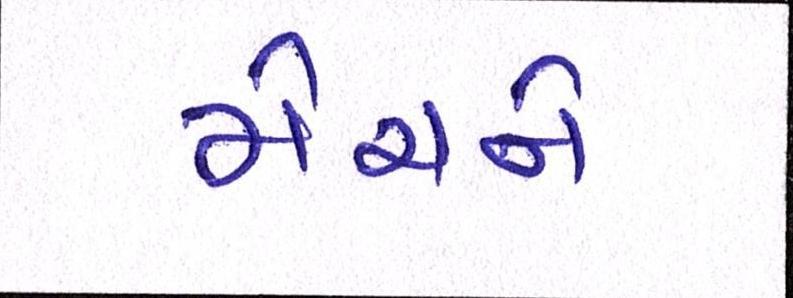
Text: મેચને